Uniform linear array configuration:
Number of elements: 4
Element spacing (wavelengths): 0.75
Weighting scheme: binomial
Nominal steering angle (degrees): -30
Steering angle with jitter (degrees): -30.898
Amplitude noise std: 0.05
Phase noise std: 0.05

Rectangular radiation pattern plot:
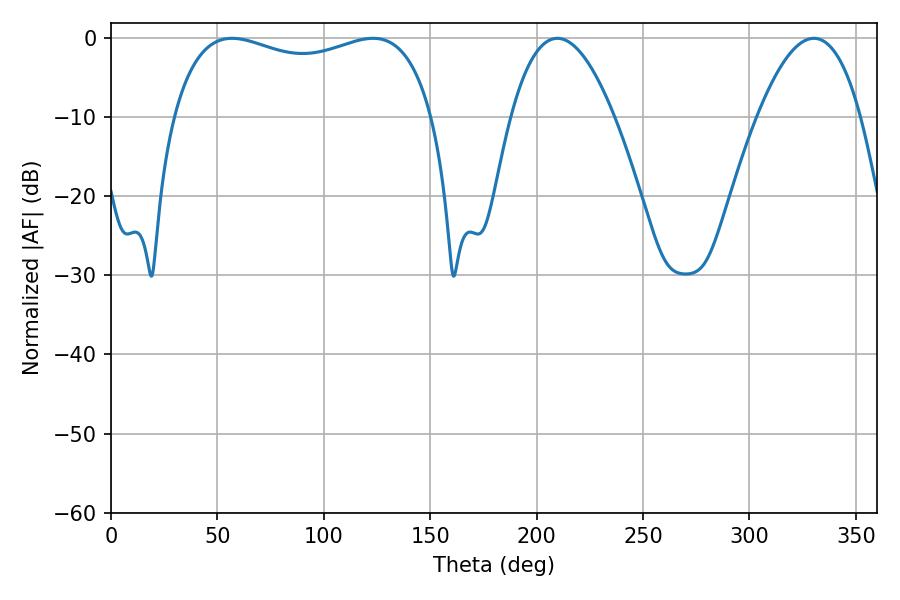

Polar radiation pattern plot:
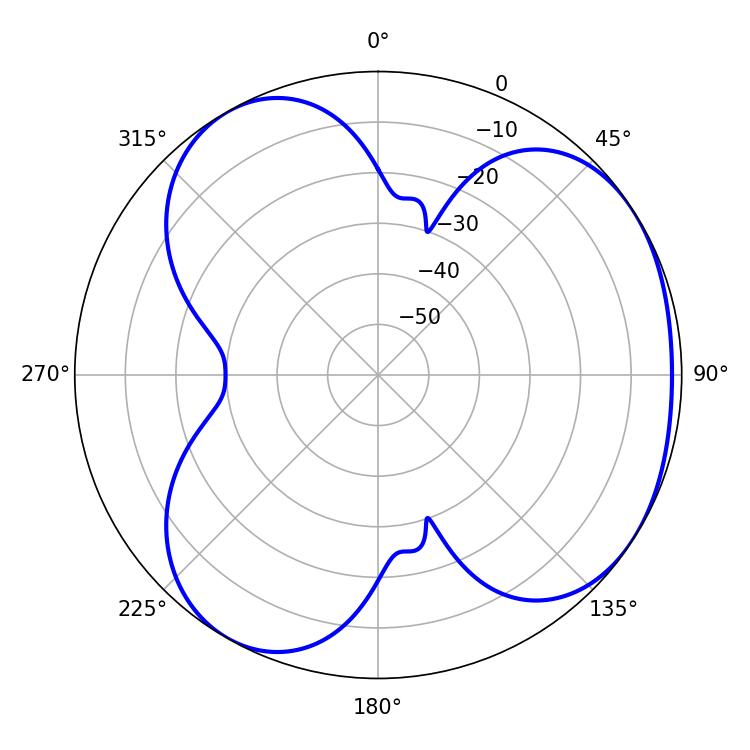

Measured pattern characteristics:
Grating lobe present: TRUE
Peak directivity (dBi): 4.009
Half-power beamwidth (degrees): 100.44
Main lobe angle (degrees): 56.88